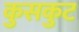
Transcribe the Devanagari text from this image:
कुसकुट